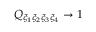
Q _ { \xi _ { 1 } \xi _ { 2 } \xi _ { 3 } \xi _ { 4 } } \to 1